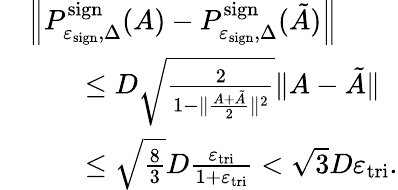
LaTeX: \begin{array}{rl}&{\left\| P_{\varepsilon_{\mathrm{sign}},\Delta}^{\mathrm{sign}}(A)-P_{\varepsilon_{\mathrm{sign}},\Delta}^{\mathrm{sign}}(\tilde{A})\right\| }\\ &{\qquad\leq D\sqrt{\frac{2}{1-\| \frac{A+\tilde{A}}{2}\| ^{2}}}\| A-\tilde{A}\| }\\ &{\qquad\leq\sqrt{\frac{8}{3}}D\frac{\varepsilon_{\mathrm{tri}}}{1+\varepsilon_{\mathrm{tri}}}<\sqrt{3}D\varepsilon_{\mathrm{tri}}.}\end{array}